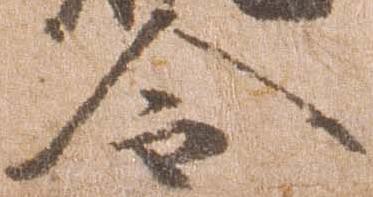
令